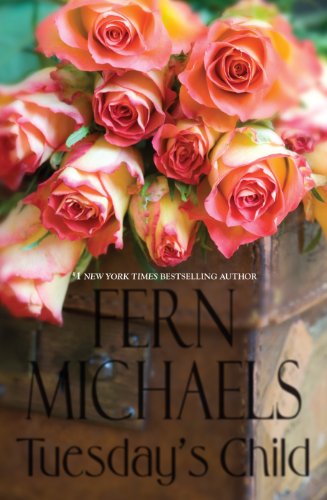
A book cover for Tuesdays Child (Thorndike Press Large Print Core); Fern Michaels; Mystery, Thriller & Suspense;